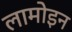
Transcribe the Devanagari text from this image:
लामोइन